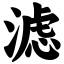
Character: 滤